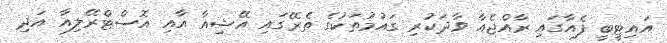
އައިޓީބީ ފެއާގައި ރާއްޖެއާ ވާދަކުރި ގައުމުތަކުގެ ތެރޭގައި އޭޝިއާ އާއި އޮސްޓްރޭލިއާ އަދި